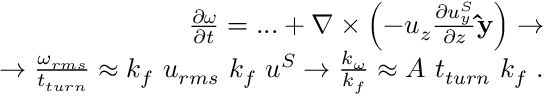
\begin{array} { r l r } & { } & { \frac { \partial \boldsymbol { \omega } } { \partial t } = . . . + \nabla \times \left( - u _ { z } \frac { \partial u _ { y } ^ { S } } { \partial z } \mathbf { \hat { y } } \right) \rightarrow } \\ & { } & { \rightarrow \frac { \omega _ { r m s } } { t _ { t u r n } } \approx k _ { f } ~ u _ { r m s } ~ k _ { f } ~ u ^ { S } \rightarrow \frac { k _ { \omega } } { k _ { f } } \approx A ~ t _ { t u r n } ~ k _ { f } ~ . } \end{array}